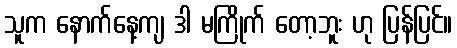
သူက နောက်နေ့ကျ ဒါ မကြိုက် တော့ဘူး ဟု ပြန်ပြင်။